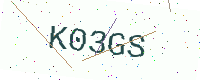
Text: K03GS